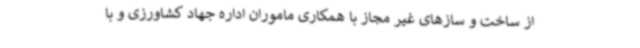
از ساخت و سازهای غیر مجاز با همکاری ماموران اداره جهاد کشاورزی و با